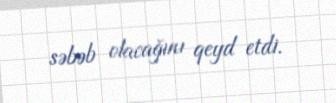
səbəb olacağını qeyd etdi.